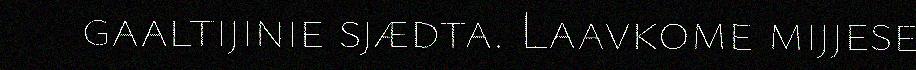
gaaltijinie sjædta. Laavkome mijjese